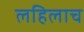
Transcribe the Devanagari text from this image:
लहिलाच